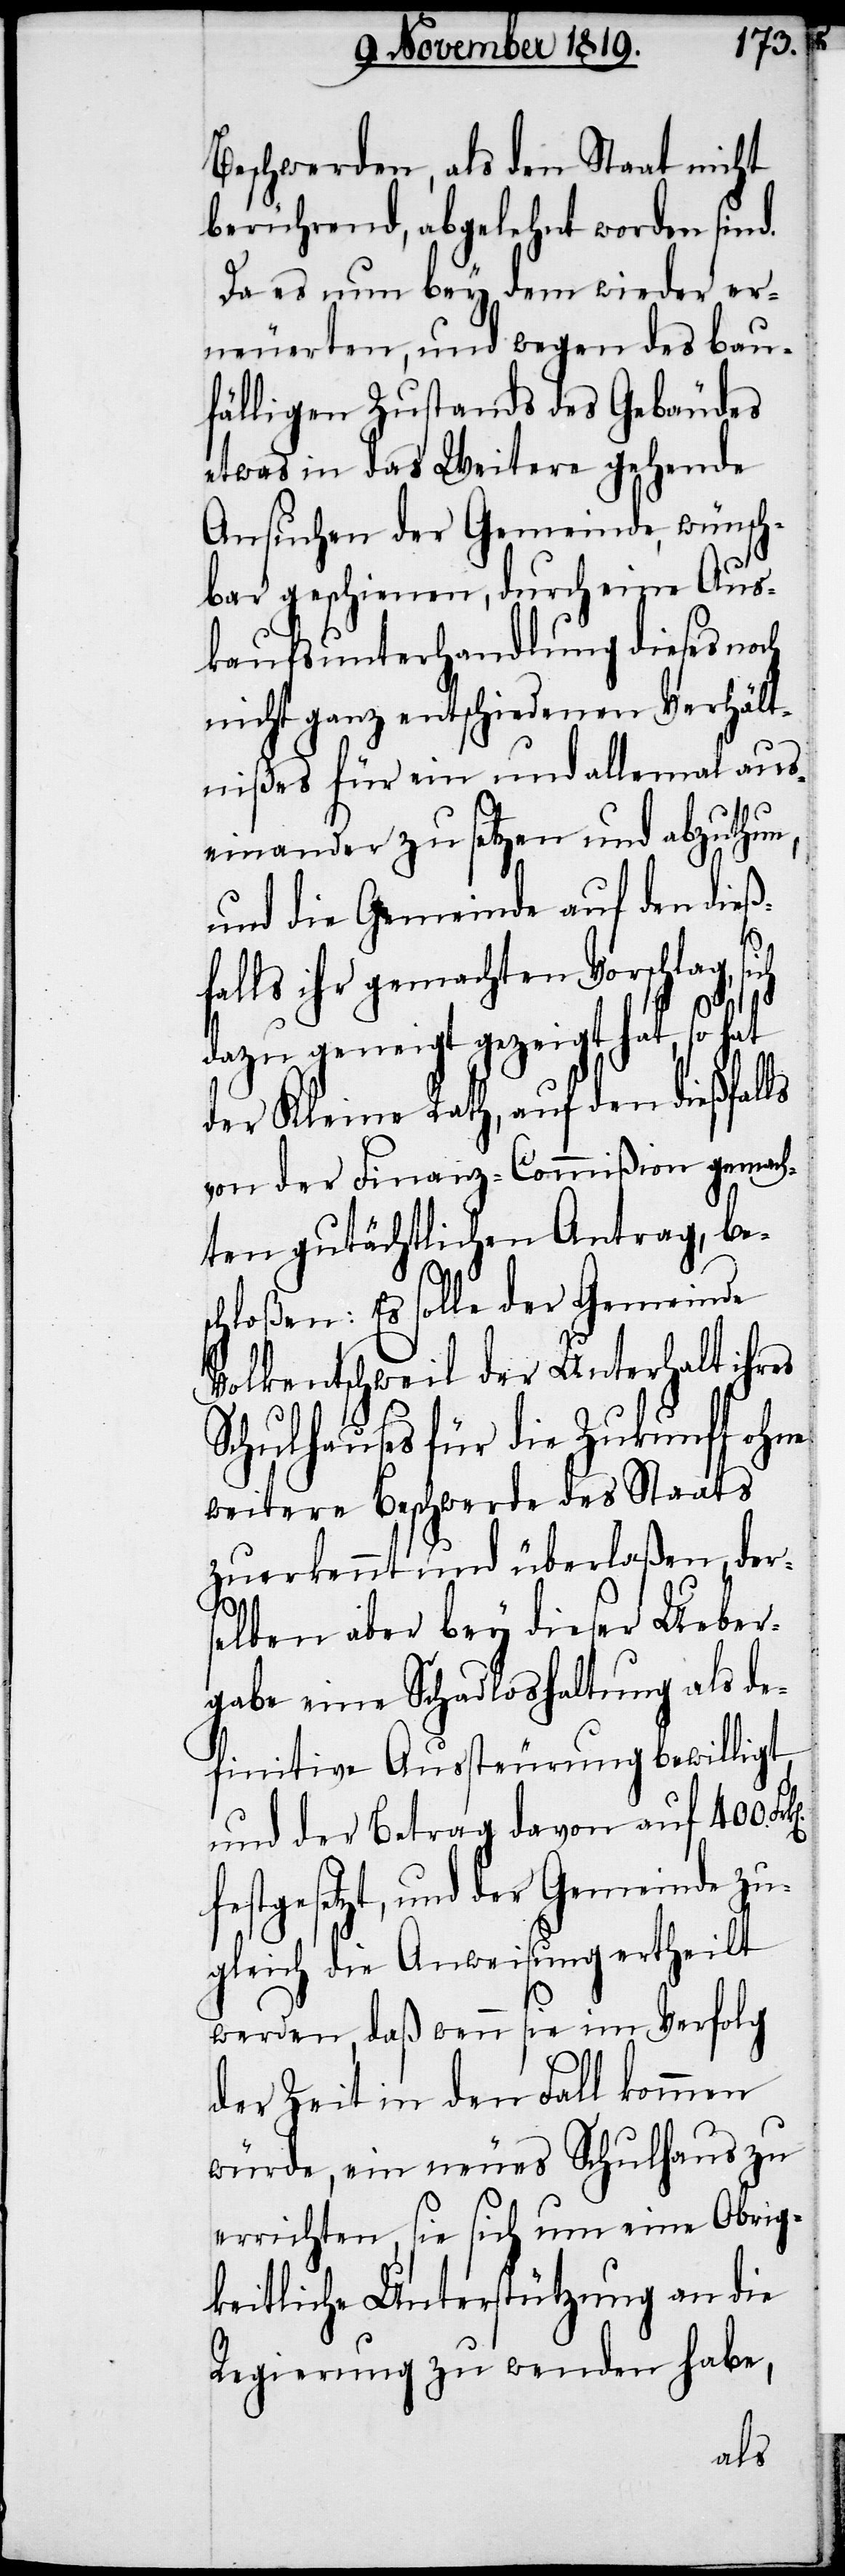
Beschwerden, als den Staat nicht
berührend, abgelehnt worden sind.
Da es nun bey dem wieder er¬
neuerten, und wegen des bau¬
fälligen Zustands des Gebäudes
etwas in das Weitere gehende
Ansuchen der Gemeinde, wünsch¬
bar geschienen, durch eine Aus¬
kaufsunterhandlung dieses noch
nicht ganz entschiedenen Verhält¬
nißes für ein und allemal aus¬
einanderzusetzen und abzuthun,
und die Gemeinde auf den dieß¬
falls ihr gemachten Vorschlag, sich
festg¬
dazu geneigt gezeigt hat, so hat
der Kleine Rath, auf den dießfalls
von der Finanz-Commißion gemach¬
ten gutächtlichen Antrag, bes¬
chloßen: Es solle der Gemeinde
Volkentschweil der Unterhalt ihres
Schulhauses für die Zukunft ohne
weitere Beschwerde des Staats
zuerkennt und überlaßen, der¬
selben aber bey dieser Ueber¬
gabe eine Schadloshaltung als de¬
finitve Aussteuerung bewilligt
und der Betrag davon auf 400.
esetzt, und der Gemeinde zu¬
gleich die Anweisung ertheilt
werden, daß wenn sie im Verfolg
der Zeit in den Fall kommen
würde, ein neues Schulhaus zu
errichten, sie sich um eine Obrig¬
keitliche Unterstützung an die
Regierung zu wenden habe,